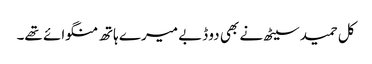
کل حمید سیٹھ نے بھی دو ڈبے میرے ہاتھ منگوائے تھے۔